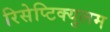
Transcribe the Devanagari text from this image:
रिसेप्टिक्युलम